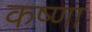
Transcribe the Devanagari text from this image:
कष्णा